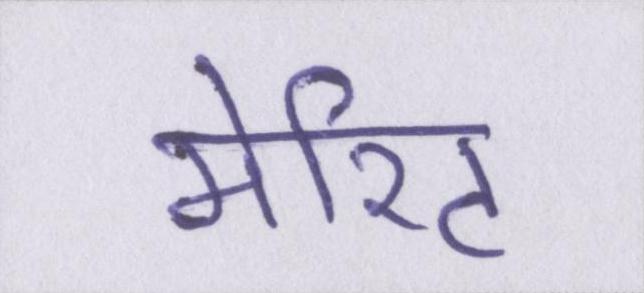
मेरिट